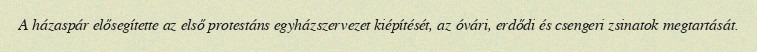
A házaspár elősegítette az első protestáns egyházszervezet kiépítését, az óvári, erdődi és csengeri zsinatok megtartását.